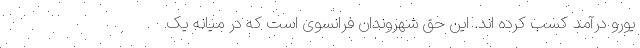
یورو درآمد کسب کرده اند. این حق شهروندان فرانسوی است که در میانه یک